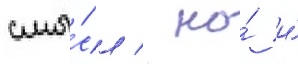
смы́сл / но́ и́